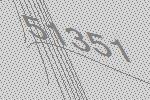
51351